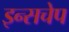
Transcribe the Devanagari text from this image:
इन्सचेप